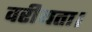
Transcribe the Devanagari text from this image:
वरीयता।